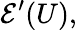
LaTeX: {\mathcal{E}}^{\prime}(U),